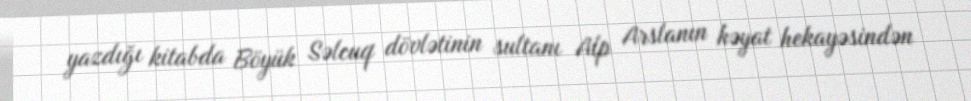
yazdığı kitabda Böyük Səlcuq dövlətinin sultanı Alp Arslanın həyat hekayəsindən